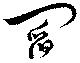
閻